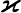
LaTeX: \varkappa